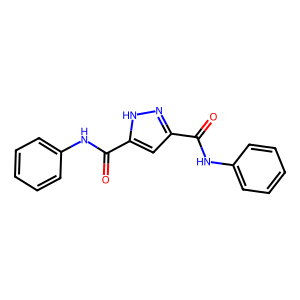
SMILES: O=C(Nc1ccccc1)c1cc(C(=O)Nc2ccccc2)[nH]n1
Inhibits HIV replication: No